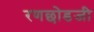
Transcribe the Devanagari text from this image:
रणछोडजी